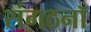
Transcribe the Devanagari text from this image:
संगठनॉ